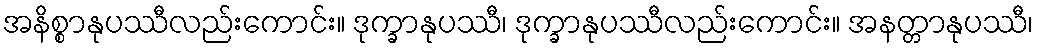
အနိစ္စာနုပဿီလည်းကောင်း။ ဒုက္ခာနုပဿီ၊ ဒုက္ခာနုပဿီလည်းကောင်း။ အနတ္တာနုပဿီ၊